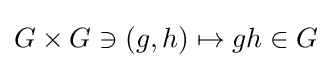
G\times G\ni (g,h)\mapsto gh\in G